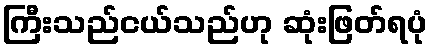
ကြီးသည်ငယ်သည်ဟု ဆုံးဖြတ်ရပုံ